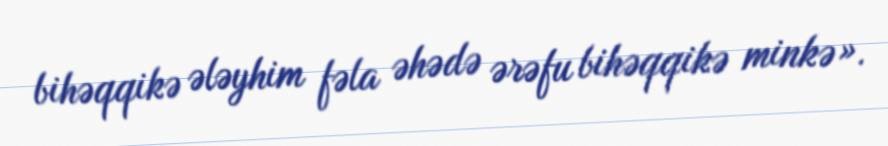
bihəqqikə ələyhim fəla əhədə ərəfu bihəqqikə minkə».